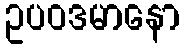
ဥပဝဒမာနော